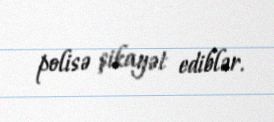
polisə şikayət ediblər.